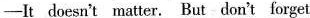
—It doesn't matter. But don't forget